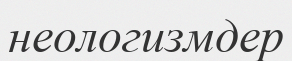
неологизмдер